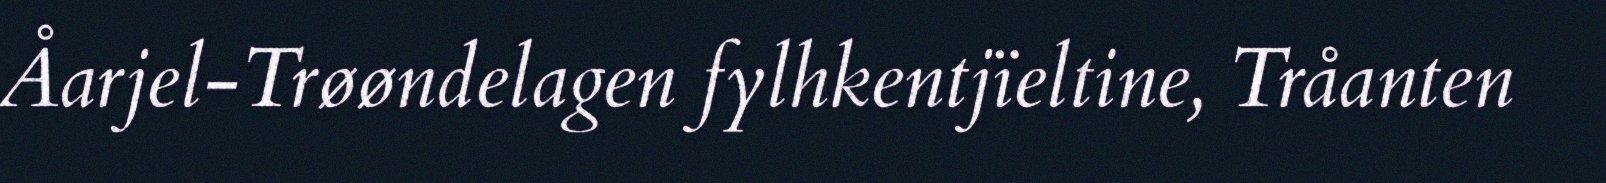
Åarjel-Trøøndelagen fylhkentjïeltine, Tråanten